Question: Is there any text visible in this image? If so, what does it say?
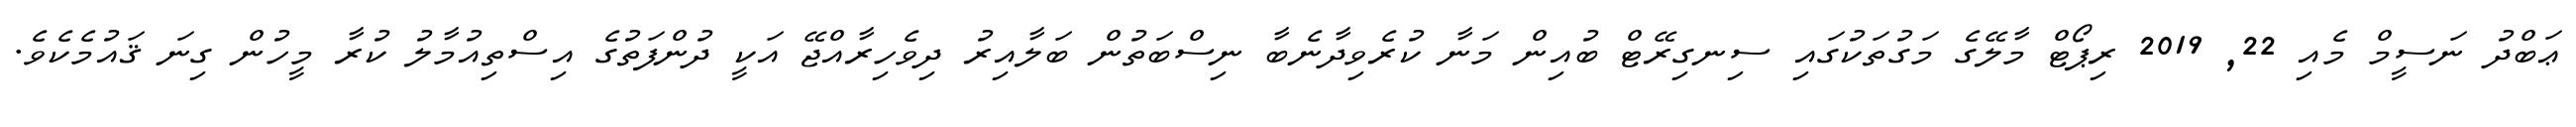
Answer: ޢަބްދު ނަސީމް މެއި 22, 2019 ރިޕޯޓް މާލޭގެ މަގުތަކުގައި ސިނގިރޭޓް ބުއިން މަނާ ކުރެވިދާނެބާ ނިސްބަތުން ބަލާއިރު ދިވެހިރާއްޖޭ އަކީ ދުންފަތުގެ އިސްތިއުމާލު ކުރާ މީހުން ގިނަ ޤައުމެކެވެ.